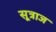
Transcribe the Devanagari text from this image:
सूत्राज